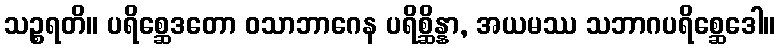
သဉ္စရတိ။ ပရိစ္ဆေဒတော ဝသာဘာဂေန ပရိစ္ဆိန္နာ, အယမဿ သဘာဂပရိစ္ဆေဒေါ။